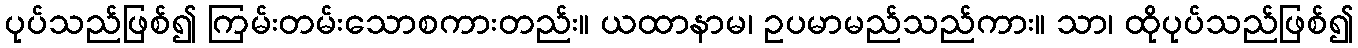
ပုပ်သည်ဖြစ်၍ ကြမ်းတမ်းသောစကားတည်း။ ယထာနာမ၊ ဥပမာမည်သည်ကား။ သာ၊ ထိုပုပ်သည်ဖြစ်၍